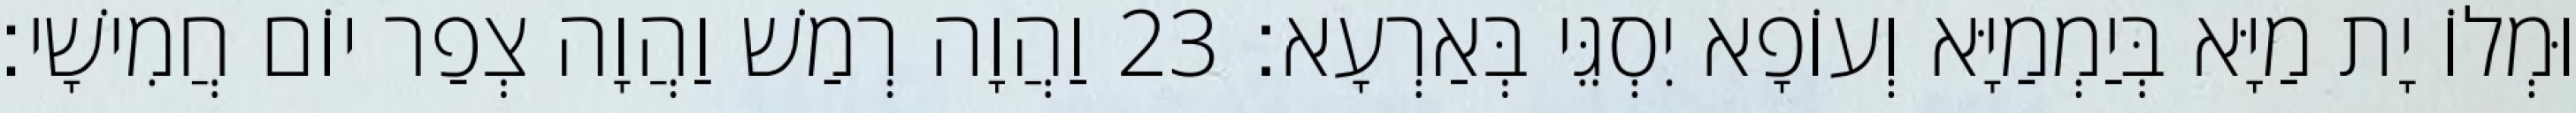
וּמְלוֹ יָת מַיָּא בְּיַמְמַיָּא וְעוֹפָא יִסְגֵּי בְּאַרְעָא׃ 23 וַהֲוָה רְמַשׁ וַהֲוָה צְפַר יוֹם חֲמִישָׁי׃